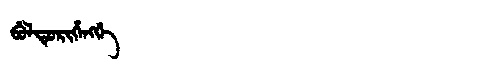
Manchu: ᠪᡠᠯᡨᡠᡵᡳᡥᡝᠩᡤᡝ
Romanization: BULTURIHENGGE